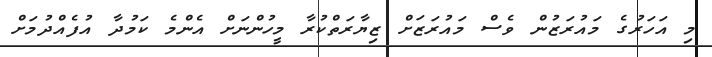
މި އަހަރުގެ މައުރަޒުން ވެސް މައުރަޒަށް ޒިޔާރަތްކުރާ މީހުންނަށް އެންމެ ކަމުދާ އުފެއްދުމަށް